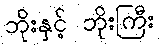
ဘိုးနှင့် ဘိုးကြီး